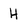
Character: H